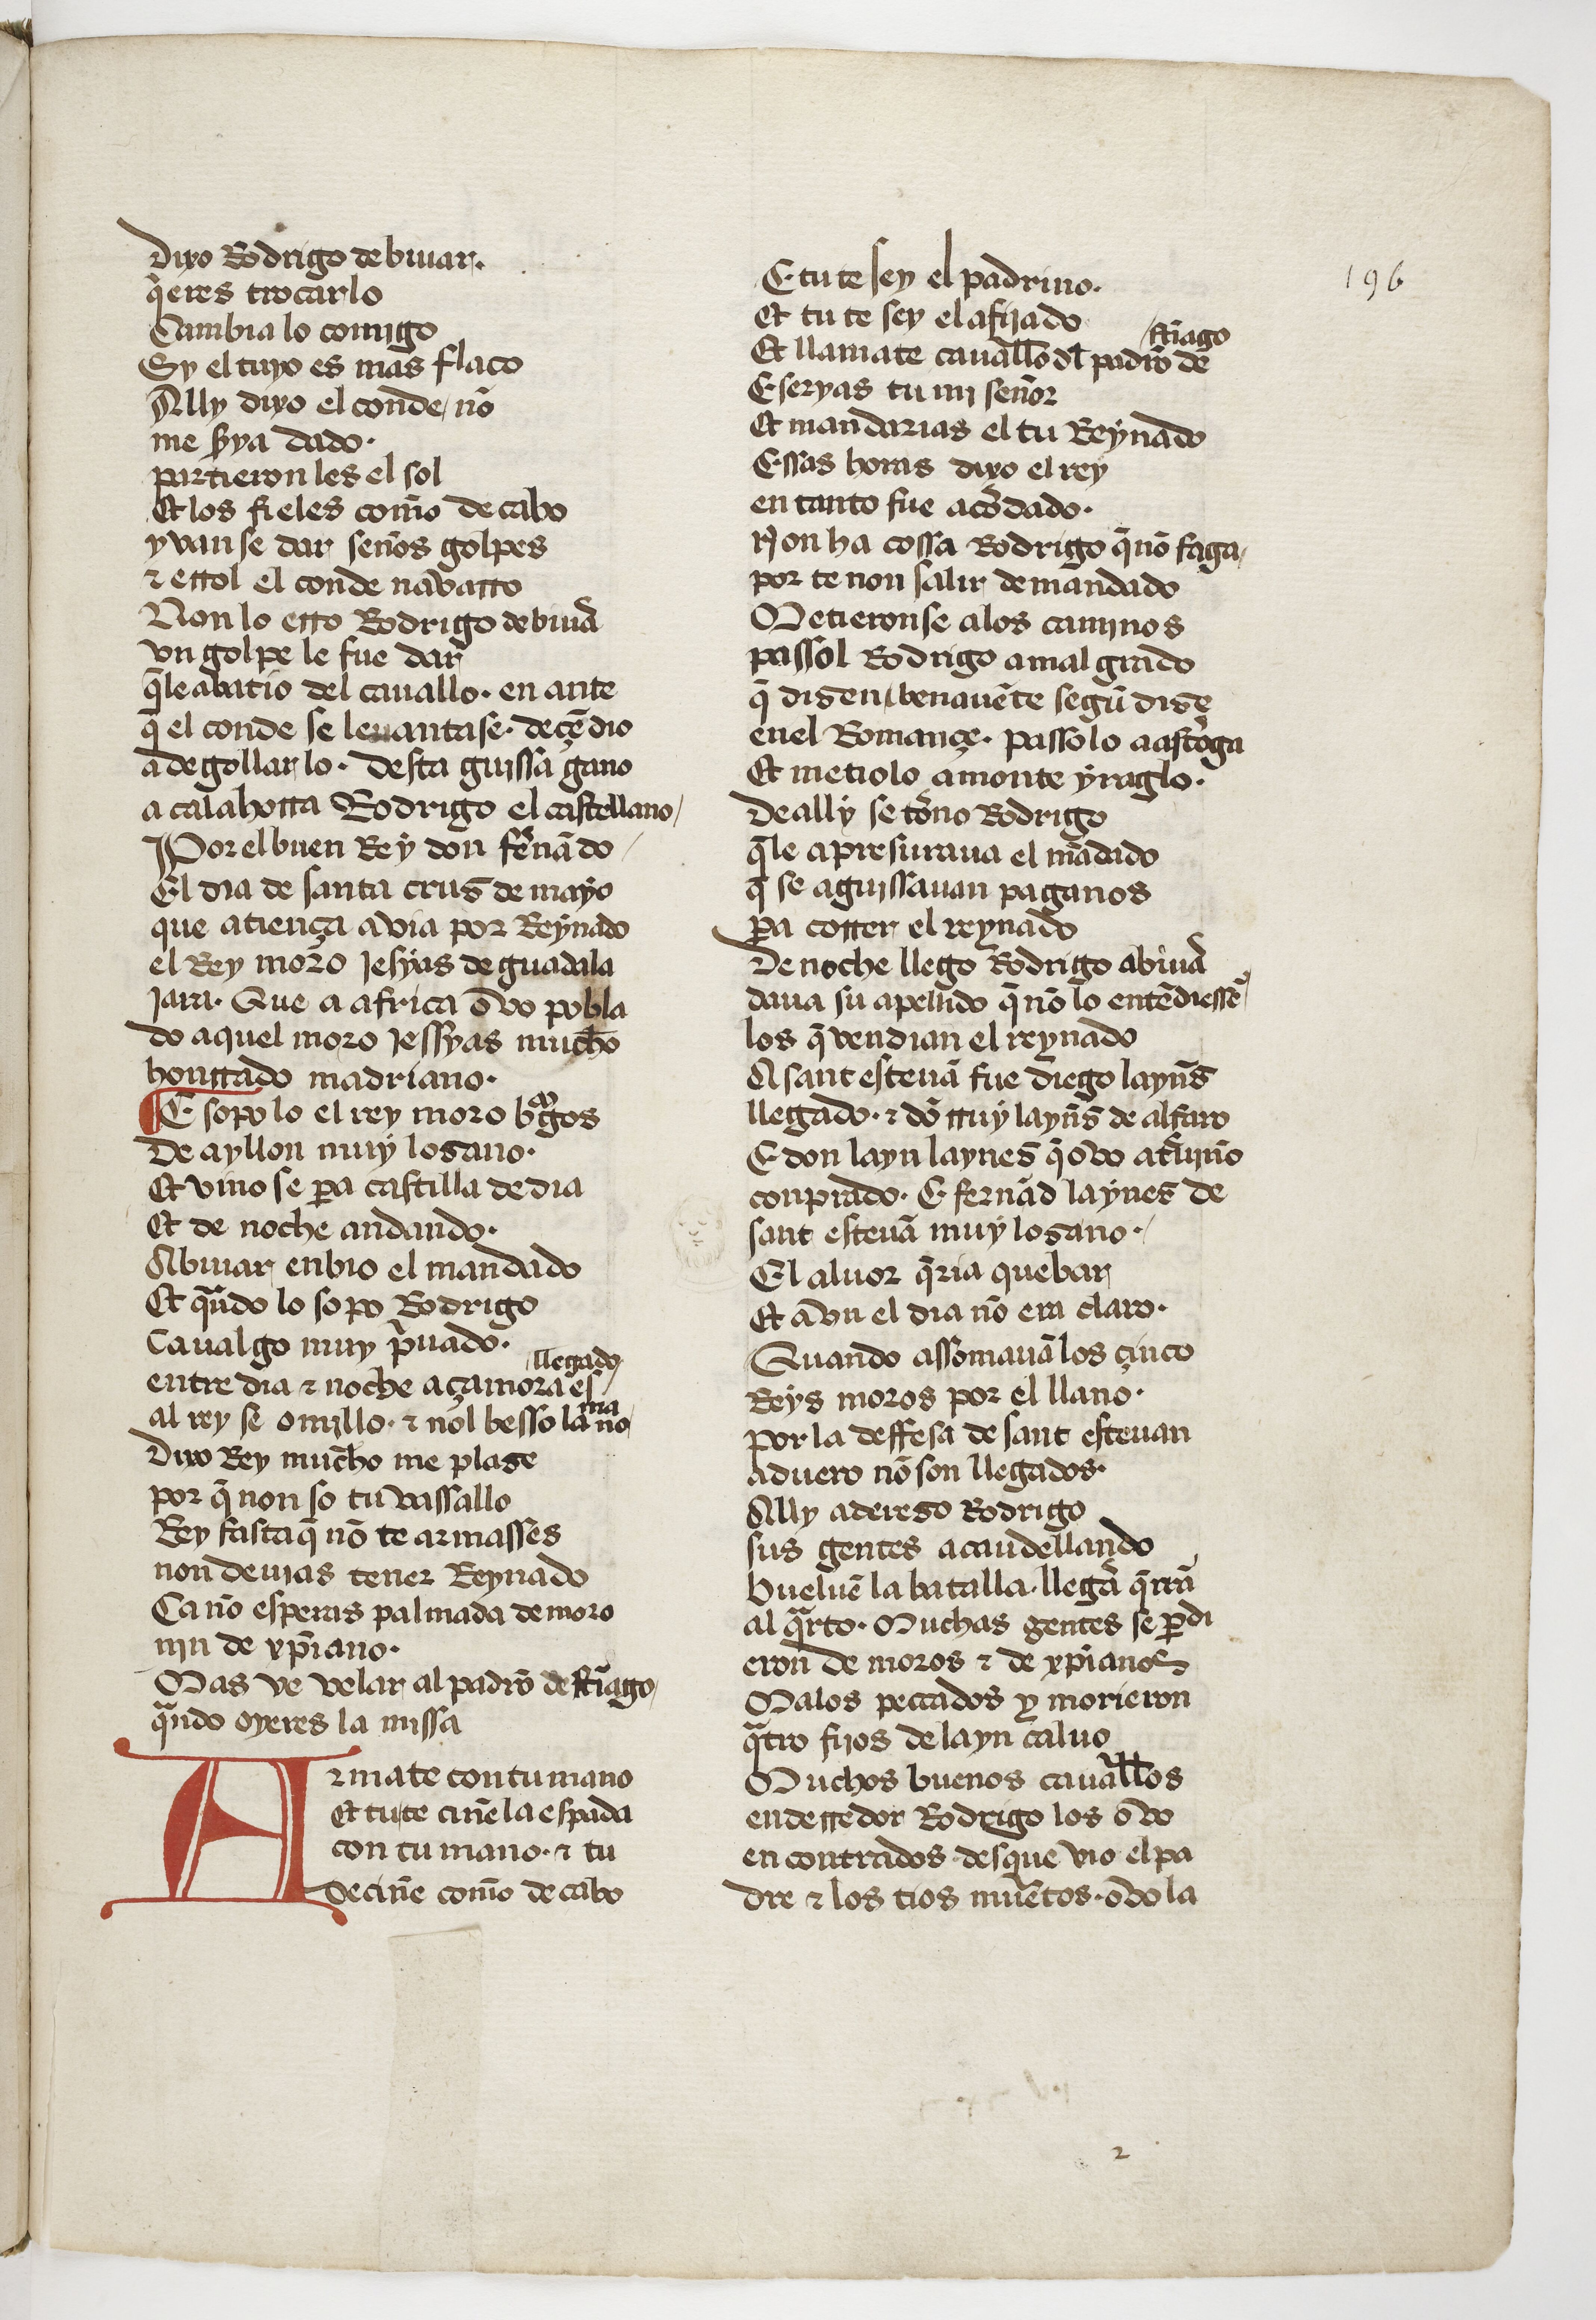
Shelfmark: Paris, BnF, esp. 12
Century: 15